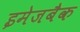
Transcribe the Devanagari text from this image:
इमेजबैक